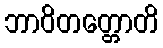
ဘာဝိတတ္တောတိ